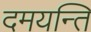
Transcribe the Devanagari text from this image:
दमयन्ति